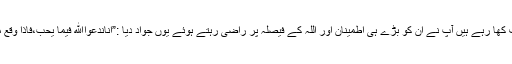
ہم آپ کے سلسلہ میں کچھ خوف کھا رہے ہیں آپ نے ان کو بڑے ہی اطمینان اور اللہ کے فیصلہ پر راضی رہتے ہوئے یوں جواد دیا :”اِنّاندعُوااللّٰه فيما يحبُّ،فَاِذا وَقَعَ ما نکره لَمْ نُخَالِفِ اللّٰه فِيمَا بحِبُّ”۔